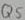
Text: Q5